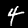
Digit: 4